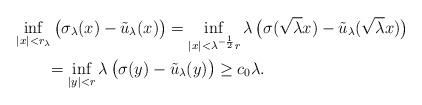
LaTeX: \begin{align*}& \inf_{|x|<r_\lambda} \big(\sigma_\lambda(x)-\tilde u_\lambda(x)\big)= \inf_{|x|<\lambda^{-\frac 12}r } \lambda\,\big(\sigma(\sqrt{\lambda}x)-\tilde u_\lambda(\sqrt{\lambda}x)\big)\\ &\qquad= \inf_{|y|<r } \lambda\,\big(\sigma(y)-\tilde u_\lambda(y)\big)\ge c_0\lambda.\end{align*}